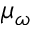
\mu _ { \omega }